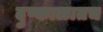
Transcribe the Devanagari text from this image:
दुष्काळातच